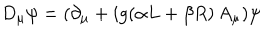
D _ { \mu } \psi = ( \partial _ { \mu } + i g ( \alpha L + \beta R ) \, A _ { \mu } ) \psi